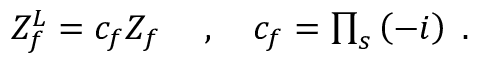
\begin{array} { r } { Z _ { f } ^ { L } = c _ { f } Z _ { f } \; \quad , \quad c _ { f } = \prod _ { s } \left( - i \right) \; . } \end{array}